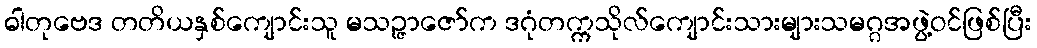
ဓါတုဗေဒ တတိယနှစ်ကျောင်းသူ မသဉ္ဇာဇော်က ဒဂုံတက္ကသိုလ်ကျောင်းသားများသမဂ္ဂအဖွဲ့ဝင်ဖြစ်ပြီး